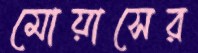
মোয়াসের